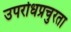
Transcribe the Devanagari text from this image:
उपरोधप्रचुरता